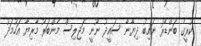
ކުރީގެ ބަންޑާރަ ނައިބު ދިޔާނާ ސައީދު ނޫނީ މަޖިލިސް މެންބަރު މާރިޔާ އަހުމަދު